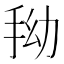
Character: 𭠞